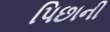
પિછાની